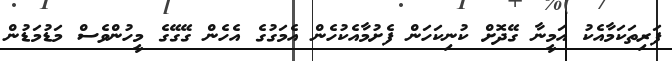
ފަރިތަކަމާއެކު އަމީނާ ގޭދޮށް ކުނިކަހަން ފެށުމާއެކުހެން އެމަގުގެ އެހެން ގޭގޭގެ މީހުންވެސް މަޑުމަޑުން